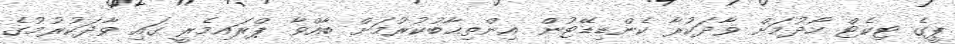
ޕީގެ ޓިކެޓް ހޯދުމަށް ވާދަކުރާ ކެންޑިޑޭޓުން އިންތިޙާބުކުރުމަށް ބާއްވާ ޕްރައިމެރީ ގައި ވާދަކުރުމުގެ